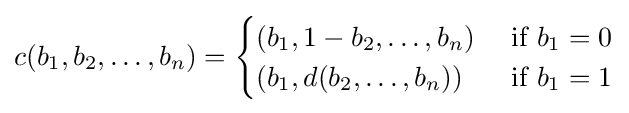
c(b_{1},b_{2},\ldots ,b_{n})={\begin{cases}(b_{1},1-b_{2},\ldots ,b_{n})&{\text{ if }}b_{1}=0\\(b_{1},d(b_{2},\ldots ,b_{n}))&{\text{ if }}b_{1}=1\end{cases}}